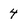
Character: 4